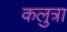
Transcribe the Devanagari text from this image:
कलुत्रा